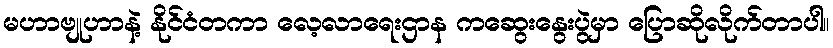
မဟာဗျုဟာနဲ့ နိုင်ငံတကာ လေ့လာရေးဌာန ကဆွေးနွေးပွဲမှာ ပြောဆိုလိုက်တာပါ။